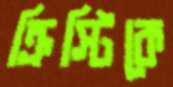
ক্রিস্টিকে